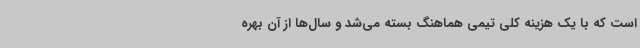
است که با یک هزینه کلی تیمی هماهنگ بسته می‌شد و سال‌ها از آن بهره